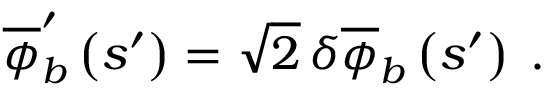
\overline { { \phi } } _ { b } ^ { \prime } \left( s ^ { \prime } \right) = \sqrt { 2 } \, \delta \overline { { \phi } } _ { b } \left( s ^ { \prime } \right) \; .